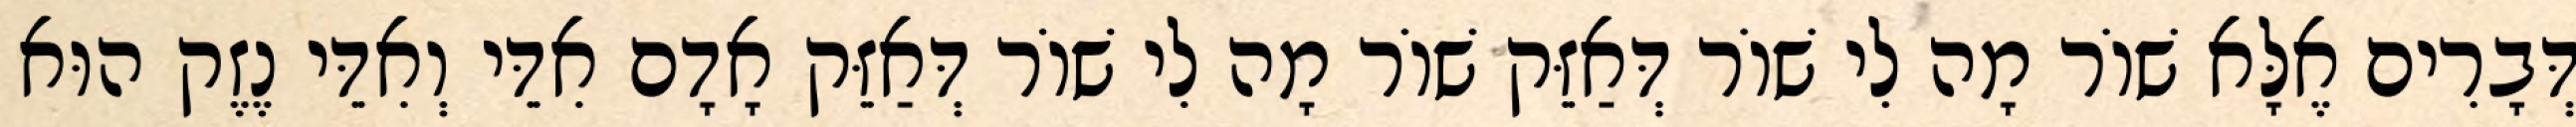
דְּבָרִים אֶלָּא שׁוֹר מָה לִי שׁוֹר דְּאַזֵּק שׁוֹר מָה לִי שׁוֹר דְּאַזֵּק אָדָם אִדֵּי וְאִדֵּי נֶזֶק הוּא